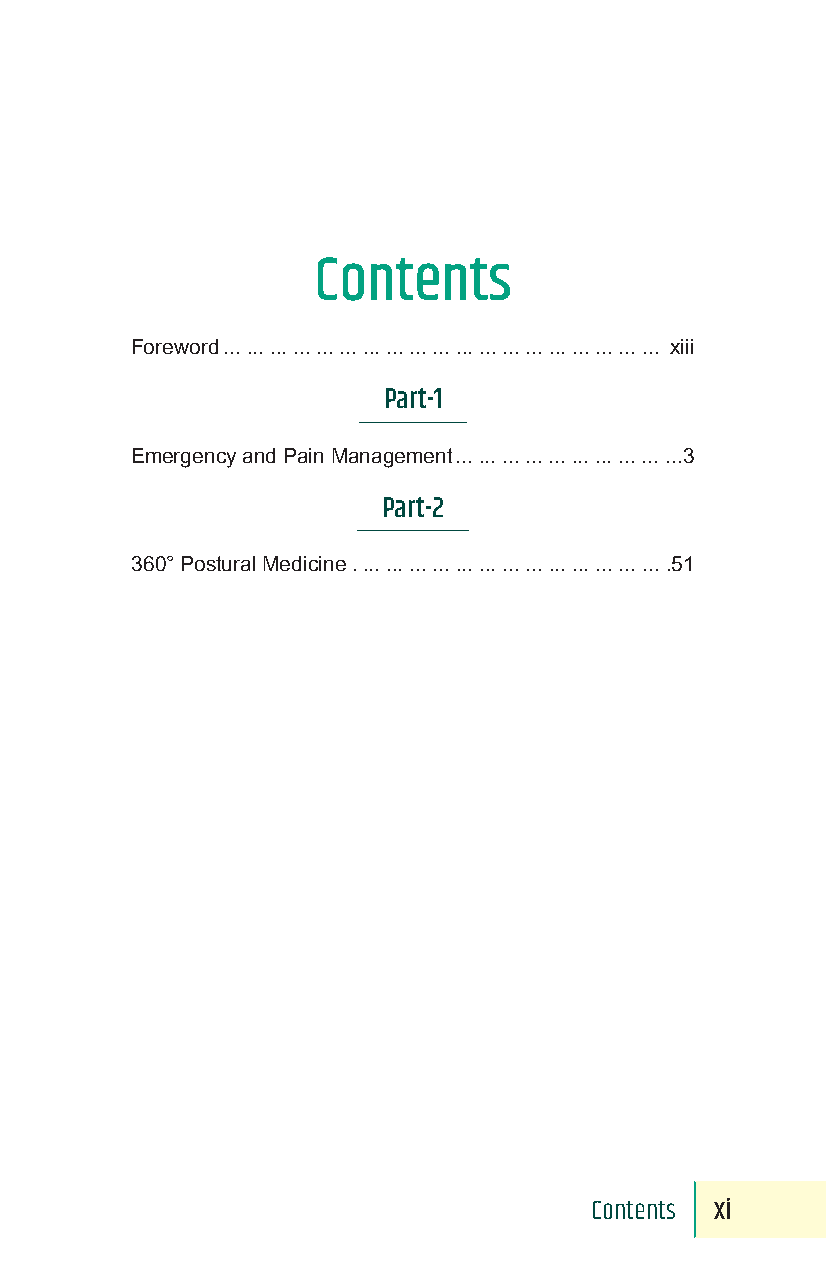
Contents
 Foreword ... ... ... ... ... ... ... ... ... ... ... ... ... ... ... ... ... ... ... xiii
 Part-1
 Emergency and Pain Management ... ... ... ... ... ... ... ... ... ...3
 Part-2
 360° Postural Medicine. ... ... ... ... ... ... ... ... ... ... ... ... ... .51
 Contents xi